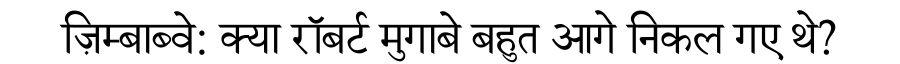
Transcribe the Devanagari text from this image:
ज़िम्बाब्वे: क्या रॉबर्ट मुगाबे बहुत आगे निकल गए थे?